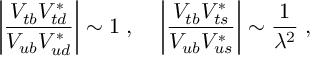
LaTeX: \left| \frac { V _ { t b } V _ { t d } ^ { * } } { V _ { u b } V _ { u d } ^ { * } } \right| \sim 1 \; , \; \; \; \; \left| \frac { V _ { t b } V _ { t s } ^ { * } } { V _ { u b } V _ { u s } ^ { * } } \right| \sim \frac { 1 } { \lambda ^ { 2 } } \; ,